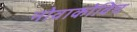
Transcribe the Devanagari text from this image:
नोवाकोविच